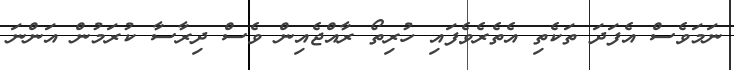
ނަމަވެސް އެފަދަ ތަކެތި އެތެރެވެފައި ހުރިތޯ ރާއްޖެއިން ވެސް ދިރާސާ ކުރަމުން އަންނަ